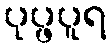
ပုပ္ဖပူရ